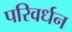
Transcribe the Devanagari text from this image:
परिवर्धन